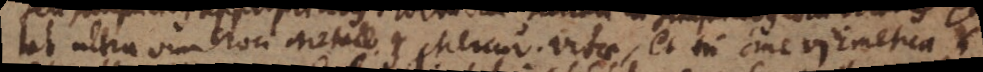
tat ultra vim croci Metall. et Mercur. vitae, et tum sine vi Emetica